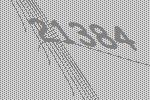
21384